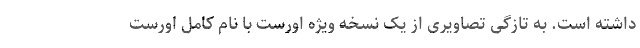
داشته است. به تازگی تصاویری از یک نسخه ویژه اورست با نام کامل اورست